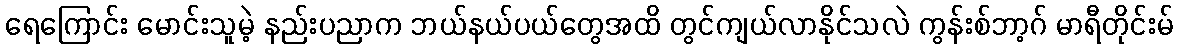
ရေကြောင်း မောင်းသူမဲ့ နည်းပညာက ဘယ်နယ်ပယ်တွေအထိ တွင်ကျယ်လာနိုင်သလဲ ကွန်းစ်ဘာ့ဂ် မာရီတိုင်းမ်